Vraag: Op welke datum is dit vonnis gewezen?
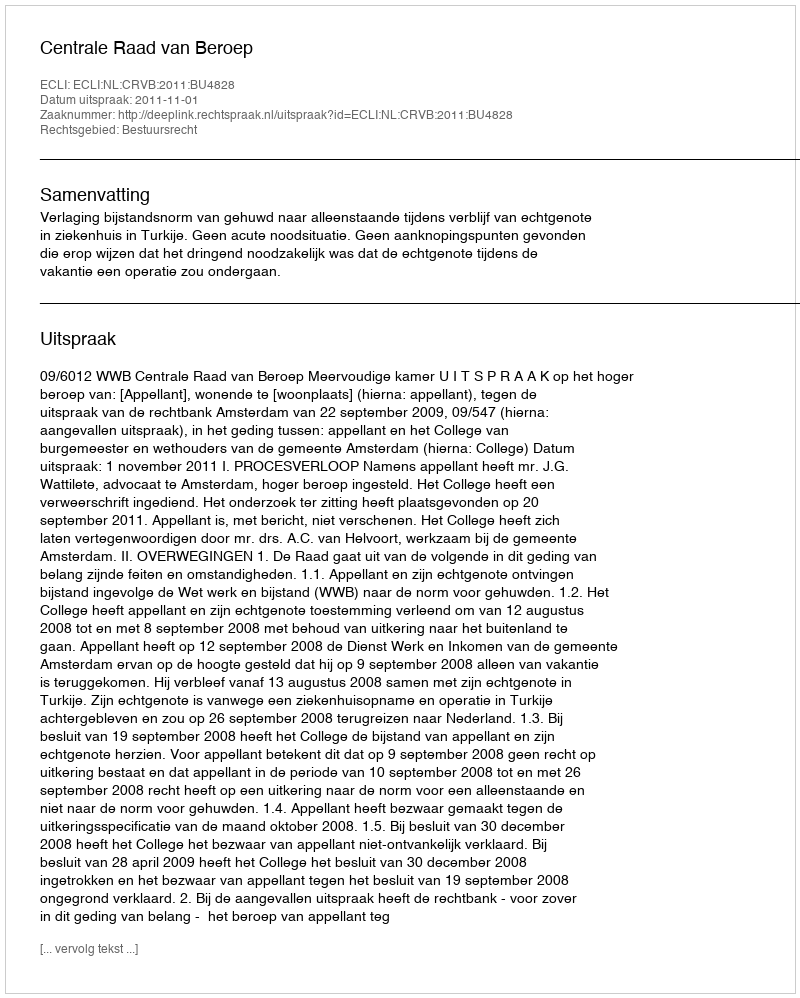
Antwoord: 2011-11-01